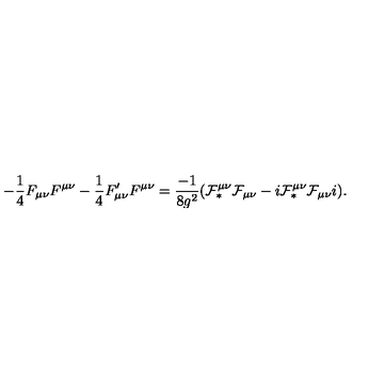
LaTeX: - \frac { 1 } { 4 } F _ { \mu \nu } F ^ { \mu \nu } - \frac { 1 } { 4 } F _ { \mu \nu } ^ { \prime } F ^ { \mu \nu } = \frac { - 1 } { 8 g ^ { 2 } } ( { \cal F } _ { \ast } ^ { \mu \nu } { \cal F } _ { \mu \nu } - i { \cal F } _ { \ast } ^ { \mu \nu } { \cal F } _ { \mu \nu } i ) .